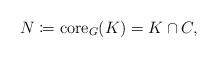
\begin{align*}N \coloneqq \mathrm{core}_G(K) = K \cap C, \end{align*}